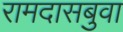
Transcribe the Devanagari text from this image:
रामदासबुवा